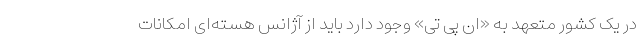
در یک کشور متعهد به «ان پی تی» وجود دارد باید از آژانس هسته‌ای امکانات